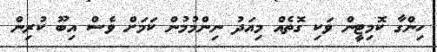
ހިންގާ ކޮމިޓީން ވަކި ގޮތެއް މިއަދު ނިންމުމުން ކަމަށް ވެސް އިބޫ ކުރިން